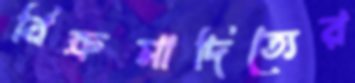
বিক্রমাদিত্যের